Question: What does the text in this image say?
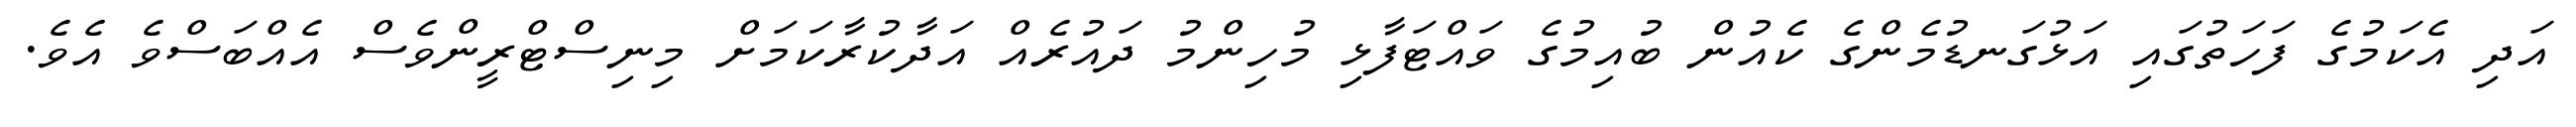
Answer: އަދި އެކަމުގެ ފަހަތުގައި އަޅުގަނޑުމެންގެ ކެއުން ބުއިމުގެ ވައްޓަފާޅި މުހިންމު ދައުރެއް އަދާކުރާކަމަށް މިނިސްޓްރީންވެސް އެއްބަސްވެ އެވެ.